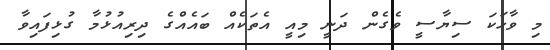
މި ވާހަކަ ސިޔާސީ ވެގެން ދަނީ މިއީ އެތަކެއް ބައެއްގެ ދިރިއުޅުމާ ގުޅިފައިވާ